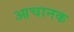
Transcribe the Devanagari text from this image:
आचानक